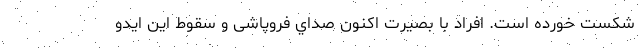
شكست خورده است. افراد با بصيرت اكنون صداي فروپاشی و سقوط اين ايدو